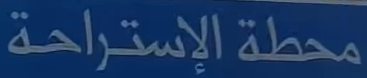
محطة الإستراحة